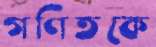
গণিতকে